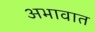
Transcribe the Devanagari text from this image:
अभावात